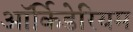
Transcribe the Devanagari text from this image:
ऑर्किडेरियम